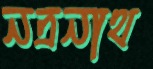
নত্রনাথ